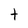
Character: t